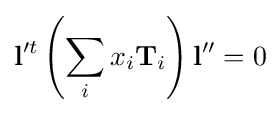
{\mathbf {l} }^{\prime t}\left(\sum _{i}x_{i}{\mathbf {T} }_{i}\right){\mathbf {l} }''=0